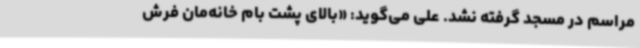
مراسم در مسجد گرفته نشد. علی می‌گوید: «بالای پشت بام خانه‌مان فرش